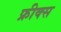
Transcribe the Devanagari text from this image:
फ्रीक्स